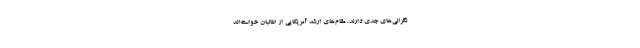
نگرانی‌های جدی دارند. مقام‌های ارشد آمریکایی از طالبان خواسته‌اند